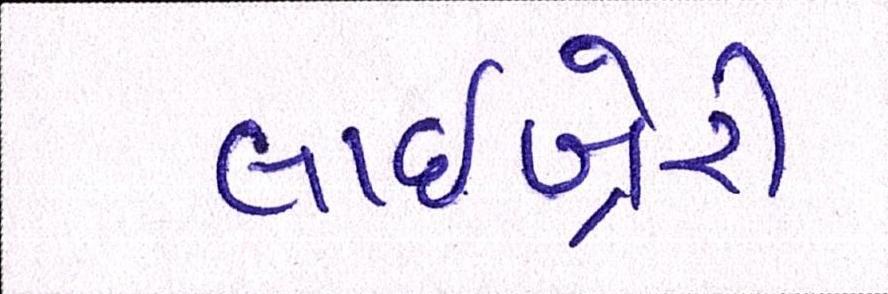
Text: લાઇબ્રેરી